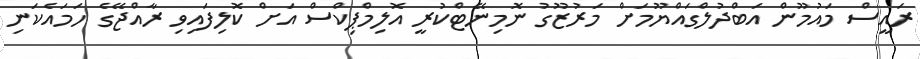
ރައީސް މައުމޫން އަބްދުލްގައްޔޫމަށް މަރުޒޫގު ނޮމިނޭޓްކުރީ އޮލިމްޕިކްސް އަށް ކޮލިފައިވި ރާއްޖޭގެ ހަމައެކަނި